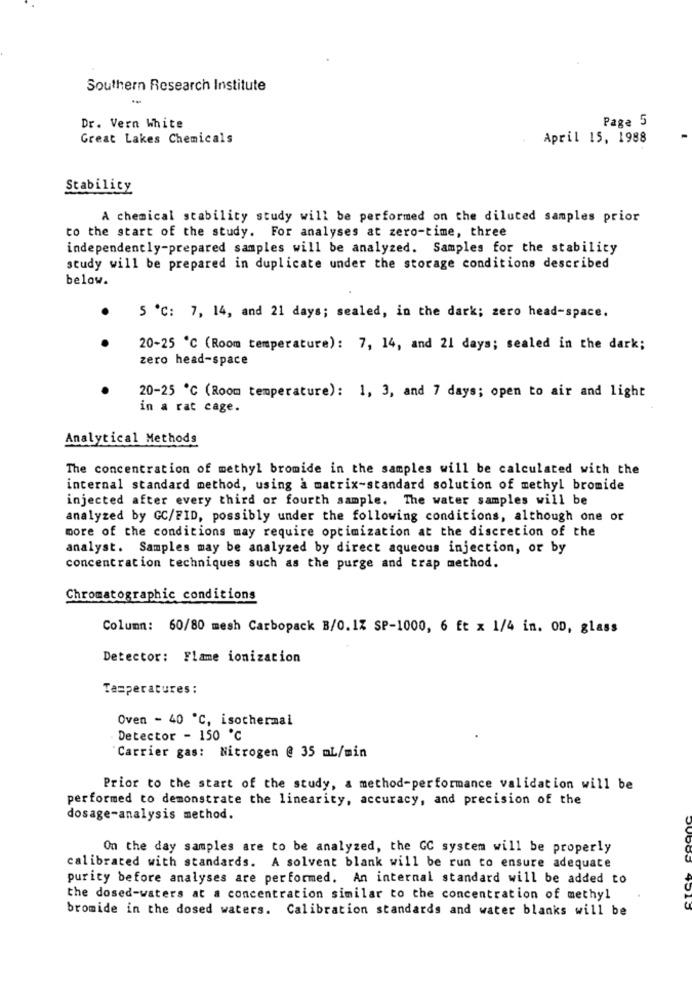
Southern Research Institute
-
Page 5
Dr. Vern White
Great Lakes Chemicals
April 15, 1988
Stabilicy
A chemical stability study will be performed on the diluted samples prior
to the start of the study. For analyses at zero-time, three
independently-prepared samples will be analyzed. Samples for the stability
study will be prepared in duplicate under the storage conditions described
below.
.
5 ℃: 7, 14, and 21 days; sealed, in the dark; zero head-space.
20-25 ℃ (Room temperature): 7, 14, and 21 days; sealed in the dark;
zero head-space
20-25 ℃ (Room temperature): 1, 3, and 7 days; open to air and light
in a rat cage.
Analytical Methods
The concentration of methyl bromide in the samples will be calculated with the
internal standard method, using a matrix-standard solution of methyl bromide
injected after every third or fourth sample. The water samples will be
analyzed by GC/FID, possibly under the following conditions, although one or
more of the conditions may require optimization at the discretion of the
analyst. Samples may be analyzed by direct aqueous injection, or by
concentration techniques such as the purge and trap method.
Chromatographic conditions
Column: 60/80 mesh Carbopack B/0.1% SP-1000, 6 ft x 1/4 in. OD, glass
Detector: Flame ionization
Temperatures :
Oven - 40 ℃, isochermal
Detector - 150 ℃
Carrier gas: Nitrogen @ 35 mL/min
Prior to the start of the study, a method-performance validation will be
performed to demonstrate the linearity, accuracy, and precision of the
dosage-analysis method.
On the day samples are to be analyzed, the GC system will be properly
calibrated with standards. A solvent blank will be run to ensure adequate
purity before analyses are performed. An internal standard will be added to
the dosed-waters at a concentration similar to the concentration of methyl
bromide in the dosed waters. Calibration standards and water blanks will be
4015